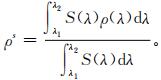
$\rho^{*}=\frac{\int_{\lambda_{1}}^{\lambda_{2}} S(\lambda) \rho(\lambda) \mathrm{d} \lambda}{\int_{\lambda_{1}}^{\lambda_{2}} S(\lambda) \mathrm{d} \lambda} \text {. }$